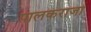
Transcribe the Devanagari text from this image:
पालकराजा